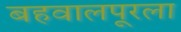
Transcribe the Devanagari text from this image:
बहवालपूरला